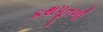
કથપૂતળી